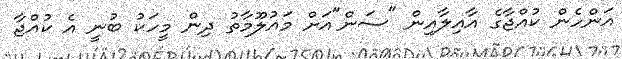
އަންހެން ކުއްޖާގެ އާއިލާއިން "ސަން"އަށް މައުލޫމާތު ދިން މީހަކު ބުނީ އެ ކުއްޖާ